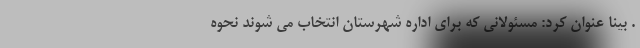
. بینا عنوان کرد: مسئولانی که برای اداره شهرستان انتخاب می شوند نحوه